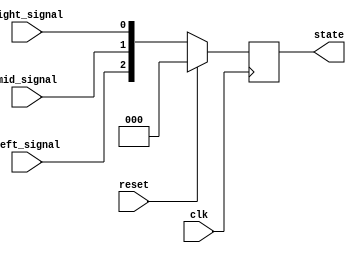
`timescale 1ns/1ps
////Output low black line, a white line output high
module tracker_sensor(clk, reset, left_signal, right_signal, mid_signal, state);
    input clk;
    input reset;
    input left_signal, right_signal, mid_signal;
    output reg [2:0] state;

    reg [2:0] next_state;
    parameter [2:0] STOP = 3'b000, TR = 3'b001, STR = 3'b010, TR_min = 3'b011, TL = 3'b100, STR_fail=3'b101,TL_min=3'b110, STRR = 3'b111;

    // [TO-DO] Receive three signals and make your own policy.
    // Hint: You can use output state to change your action.
    always@(posedge clk)begin
        if(reset)begin
            state <= STOP;
        end
        else begin
            state <= next_state;
        end
    end
    always@(*)begin
       next_state = {left_signal, mid_signal, right_signal};
    end

endmodule